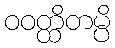
ဝဝတ္ထိတမ္ပိ